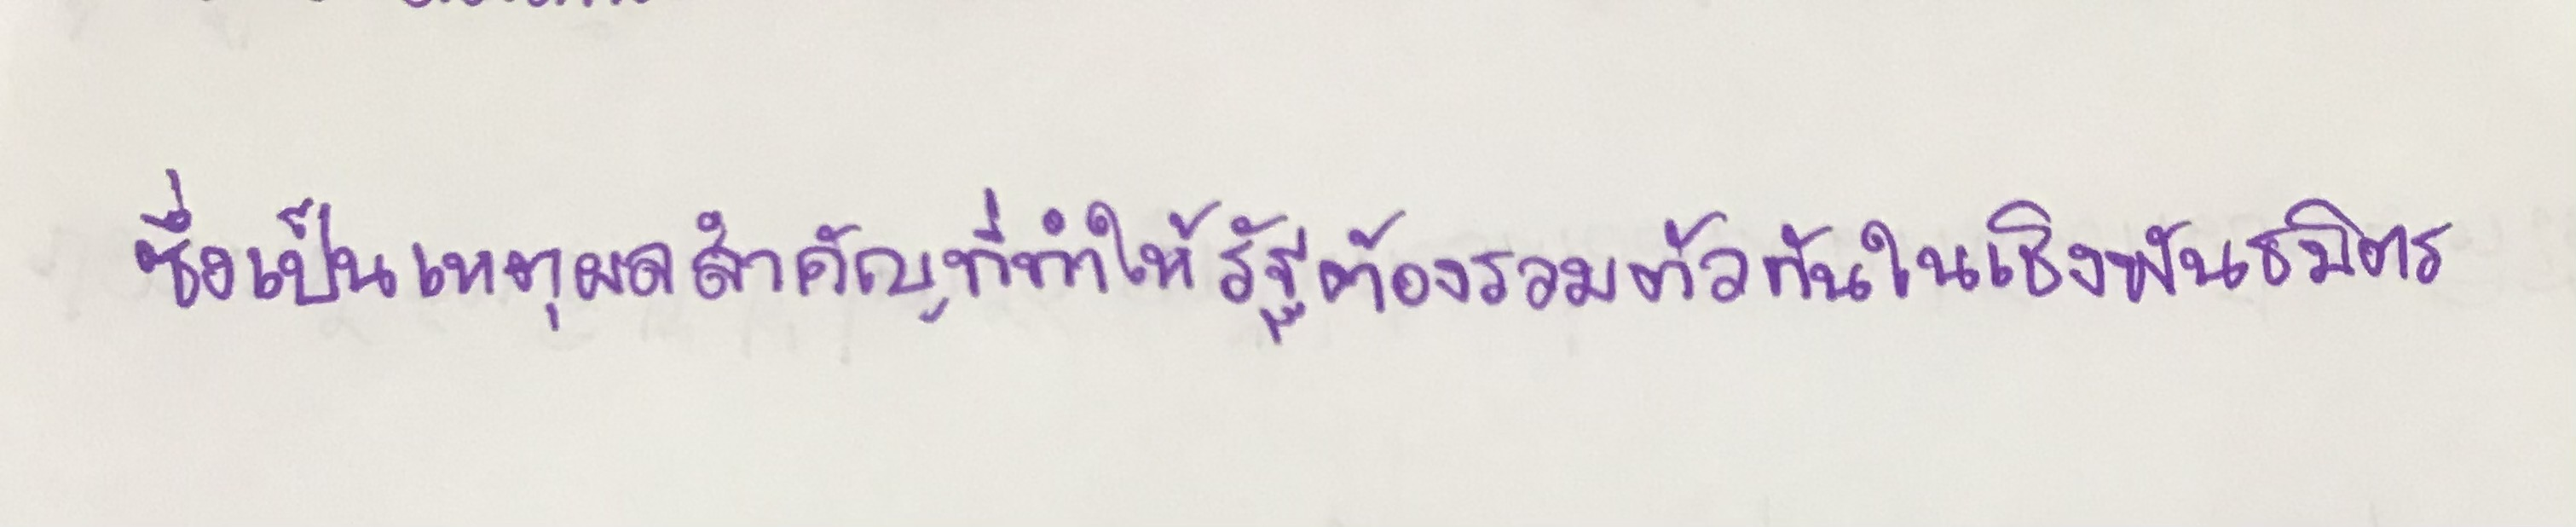
ซึ่งเป็นเหตุผลสำคัญที่ทำให้รัฐต้องรวมตัวกันในเชิงพันธมิตร